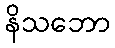
နိသဘော